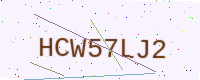
Text: HCW57LJ2